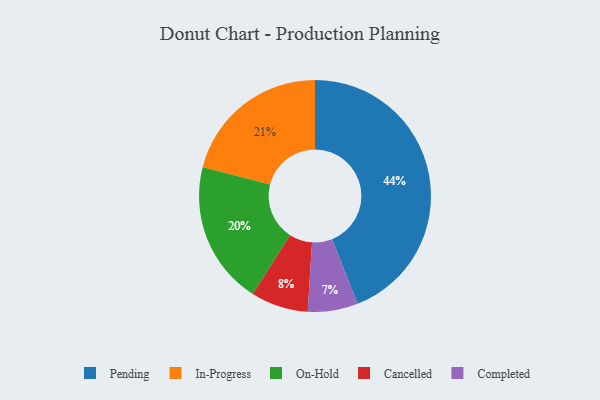
{"axis": {"x": "Category", "y": "Percentage"}, "legend": ["Cancelled", "Completed", "In-Progress", "On-Hold", "Pending"], "data": [{"x": "In-Progress", "y": 21, "type": "In-Progress"}, {"x": "On-Hold", "y": 20, "type": "On-Hold"}, {"x": "Completed", "y": 7, "type": "Completed"}, {"x": "Cancelled", "y": 8, "type": "Cancelled"}, {"x": "Pending", "y": 44, "type": "Pending"}]}